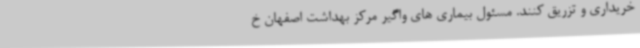
خریداری و تزریق کنند. مسئول بیماری های واگیر مرکز بهداشت اصفهان خ